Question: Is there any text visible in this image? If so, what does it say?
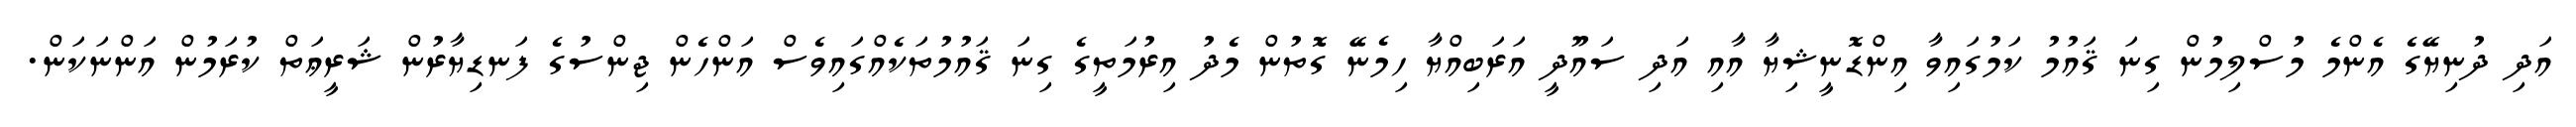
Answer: އަދި ދުނިޔޭގެ އެންމެ މުސްލިމުން ގިނަ ޤައުމު ކަމުގައިވާ އިންޑޮނީޝިޔާ އާއި އަދި ސައޫދީ އަރަބިއްޔާ ހިމެނޭ ގޮތުން މެދު އިރުމަތީގެ ގިނަ ޤައުމުތަކެއްގައިވެސް އަންހެން ޖިންސުގެ ފަނޑިޔާރުން ޝަރީޢަތް ކުރަމުން އަންނަކަން.